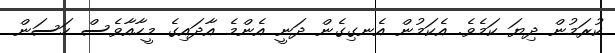
ކުރަމުން ދިޔަ ކަމެވެ. އެކަމުން އެނގިގެން ދަނީ އެންމެ އާދައިގެ މީހާއާވެސް ހަސަން